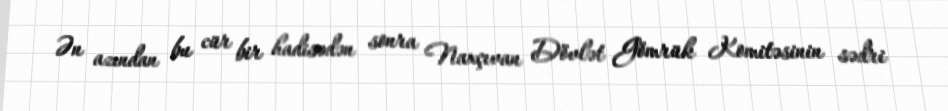
Ən azından bu cür bir hadisədən sonra Naxçıvan Dövlət Gömrük Komitəsinin sədri